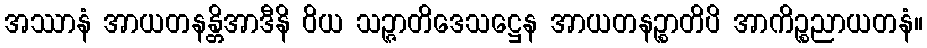
အဿာနံ အာယတနန္တိအာဒီနိ ဝိယ သဉ္ဇာတိဒေသဋ္ဌေန အာယတနဉ္စာတိပိ အာကိဉ္စညာယတနံ။